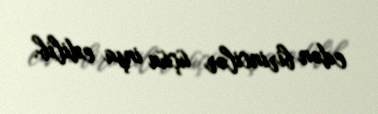
edən birincilər üçün inşa edilib.